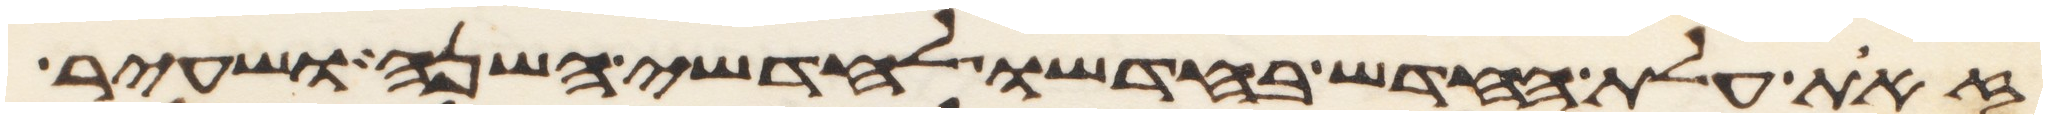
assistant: זאת עלת החדש בחדשו לחדשי השנה ושעיר